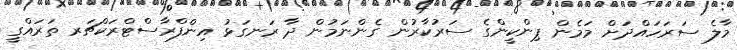
މާލެ ސަރަހައްދަށް މަމެން ޕިންކީންގެ ސަރުކާރުން ގެންނަމުން ދާ ރަނގަޅު އިންފްރާސްޓްރަކްޗަރ ތަރައްގީ